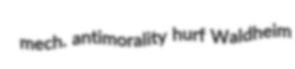
mech. antimorality hurf Waldheim